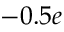
- 0 . 5 e